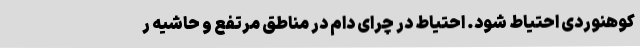
کوهنوردی احتیاط شود. احتیاط در چرای دام‌ در مناطق مرتفع و حاشیه ر